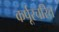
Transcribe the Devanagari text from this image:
कर्पूरचरित